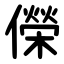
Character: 儝